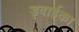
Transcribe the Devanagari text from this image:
ड्वाईका